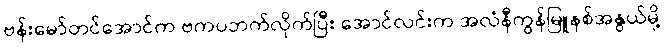
ဗန်းမော်တင်အောင်က ဗကပဘက်လိုက်ပြီး အောင်လင်းက အလံနီကွန်မြူနစ်အနွယ်မို့